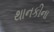
થાનકીના